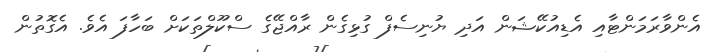
އެންވާރަމަންޓާއި އެޑިއުކޭޝަން އަދި ޔުނިސެފް ގުޅިގެން ރާއްޖޭގެ ސްކޫލްތަކަށް ބަހާފަ އެވެ. އެގޮތުން